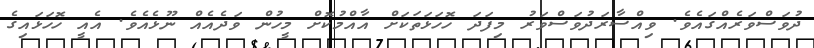
ދުވަސްވަރެއްގައެވެ. ވިއްސާރަދުވަސްވަރު މިފަދަ ހޮހަޅަތަކަށް އާއްމުކޮށް މީހުން ވަދެއެއް ނޫޅެއެވެ. އެއީ ހޮހަޅައިގެ